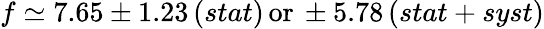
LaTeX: f\simeq 7.65\pm 1.23\, (stat)\, \mathrm{or}\, \pm 5.78\, (stat+syst)